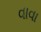
વાવા